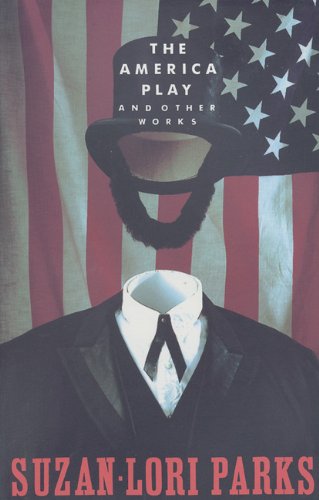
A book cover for The America Play and Other Works; Suzan-Lori Parks; Literature & Fiction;